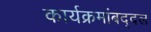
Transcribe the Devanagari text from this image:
कार्यक्रमांबद्दल